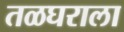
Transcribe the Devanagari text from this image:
तळघराला